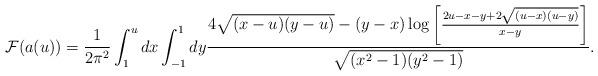
LaTeX: \begin{align*}{\cal F}(a(u))={1\over 2\pi^2}\int^u_1dx\int_{-1}^1dy{4\sqrt{(x-u)(y-u)}-(y-x)\log\left[{2u-x-y+2\sqrt{(u-x)(u-y)}\over x-y}\right]\over \sqrt{(x^2-1)(y^2-1)}}.\end{align*}